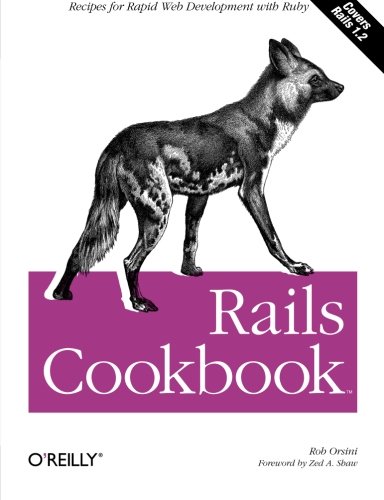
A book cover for Rails Cookbook (Cookbooks (O'Reilly)); Rob Orsini; Computers & Technology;